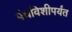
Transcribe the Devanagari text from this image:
पंचविशीपर्यंत